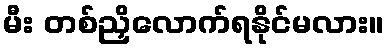
မီး တစ်ညှိလောက်ရနိုင်မလား။